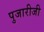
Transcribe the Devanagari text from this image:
पुजारीजी